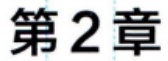
第2章